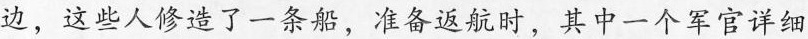
边，这些人修造了一条船，准备返航时，其中一个军官详细